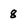
Character: 8